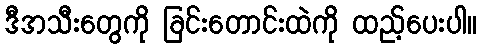
ဒီအသီးတွေကို ခြင်းတောင်းထဲကို ထည့်ပေးပါ။